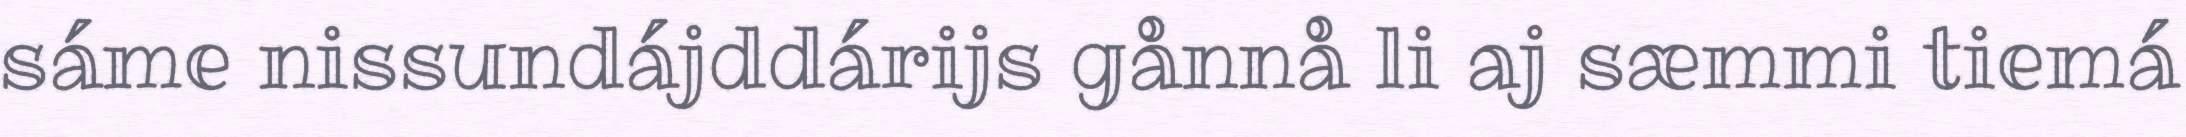
sáme nissundájddárijs gånnå li aj sæmmi tiemá